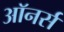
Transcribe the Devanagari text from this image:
अाॅनर्स